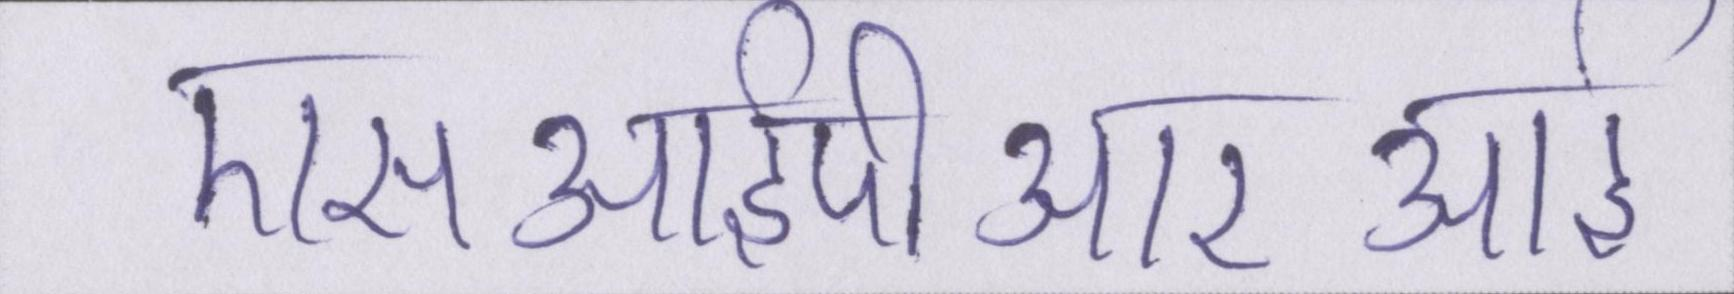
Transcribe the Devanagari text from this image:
एसआईपीआरआई